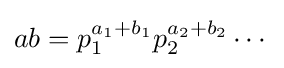
ab=p_{1}^{a_{1}+b_{1}}p_{2}^{a_{2}+b_{2}}\cdots